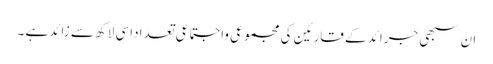
ان سبھی جرائد کے قارئین کی مجموعی واجتماعی تعداداسی لاکھ سے زائدہے ۔